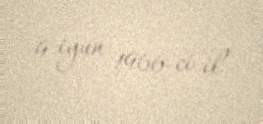
9 iyun 1966-ci il